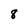
Character: 8